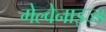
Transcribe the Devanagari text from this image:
गेल्वेनाइज्ड